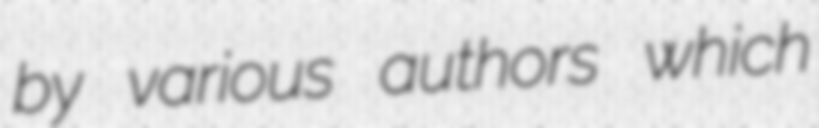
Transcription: by various authors which